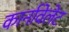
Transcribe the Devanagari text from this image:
कार्नावेलेट